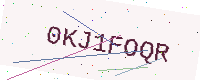
Text: 0KJ1FOQR